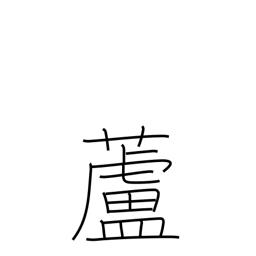
Meaning: reed